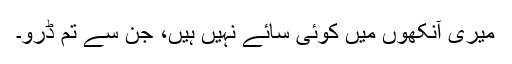
میری آنکھوں میں کوئی سائے نہیں ہیں، جن سے تم ڈرو۔